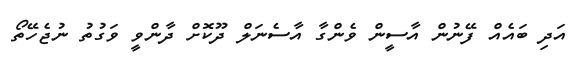
އަދި ބައެއް ފޭނުން އާސީން ވެންގާ އާސެނަލް ދޫކޮށް ދާންވީ ވަގުތު ނުޖެހޭތޯ